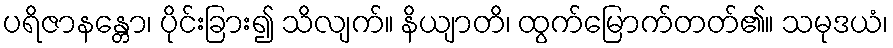
ပရိဇာနန္တော၊ ပိုင်းခြား၍ သိလျက်။ နိယျာတိ၊ ထွက်မြောက်တတ်၏။ သမုဒယံ၊